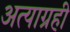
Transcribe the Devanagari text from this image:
अत्याग्रही